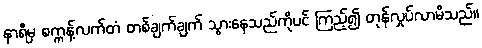
နာရီမှ စက္ကန့်လက်တံ တစ်ချက်ချက် သွားနေသည်ကိုပင် ကြည့်၍ တုန်လှုပ်လာမိသည်။